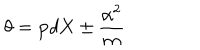
LaTeX: \theta = { \bf p } d { \bf X } \pm { \frac { \alpha ^ { 2 } } { m } }